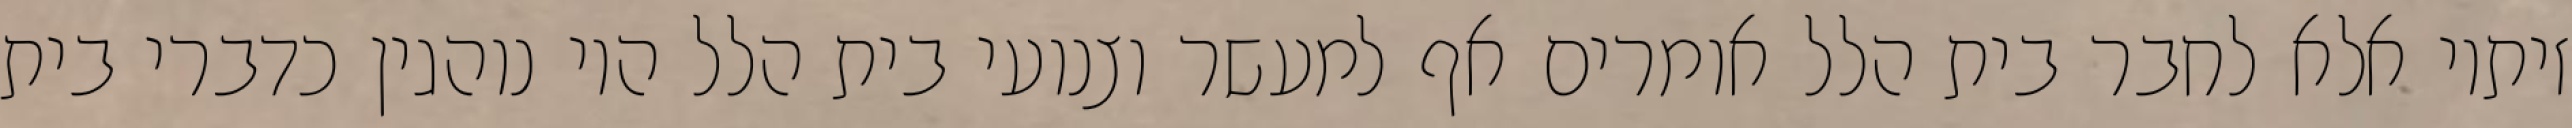
זיתיו אלא לחבר בית הלל אומרים אף למעשר וצנועי בית הלל היו נוהגין כדברי בית